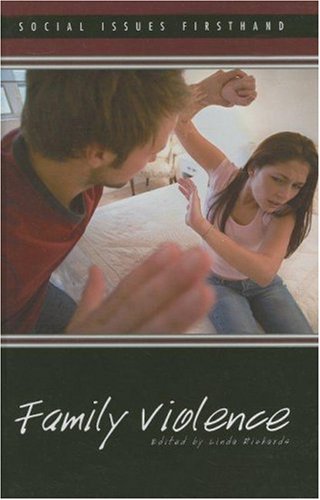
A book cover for Family Violence (Social Issues Firsthand); Linda Richards; Teen & Young Adult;